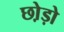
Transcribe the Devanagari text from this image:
छो़ड़ो